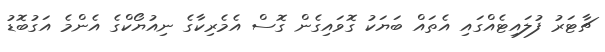
ޗާޓަރު ފުލައިޓެއްގައި އެތައް ބަޔަކު ގޮވައިގެން ގޮސް އެމެރިކާގެ ނިއުޔޯކްގެ އެންމެ އަގުބޮޑު